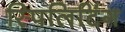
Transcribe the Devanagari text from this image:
स्पिलिटिंग